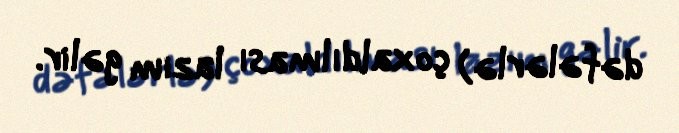
dəfələrlə) çoxaldılması lazım gəlir.